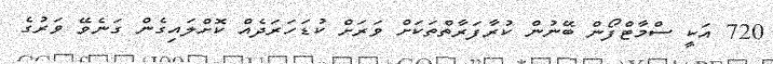
720 އަކީ ސްމާޓްފޯން ބޭނުން ކުރާފަރާތްތަކަށް ވަރަށް ކުޑަހަރަދެއް ކޮށްލައިގެން ގަނެވޭ ވަރުގެ